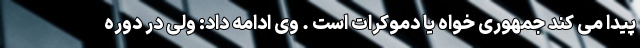
پیدا می کند جمهوری خواه یا دموکرات است . وی ادامه داد: ولی در دوره